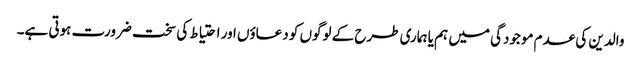
والدین کی عدم موجودگی میں ہم یا ہماری طرح کے لوگوں کو دعاؤں اور احتیاط کی سخت ضرورت ہوتی ہے۔